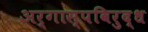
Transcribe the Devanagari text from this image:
अर्गास्पविरुद्ध